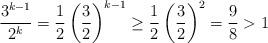
LaTeX: \begin{align*}\frac{3^{k-1}}{2^k} = \frac{1}{2} \left( \frac{3}{2}\right)^{k-1} \geq \frac{1}{2} \left( \frac{3}{2}\right)^2 = \frac{9}{8} > 1\end{align*}